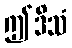
ဤဒိသံ